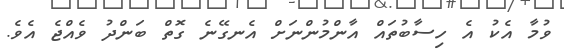
ވުމާ އެކު އެ ހިސާބުތައް އާންމުންނަށް އެނގޭނެ ގޮތް ބަންދު ވެއްޖެ އެވެ.